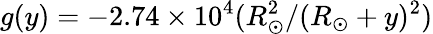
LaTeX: g(y)=-2.74\times 10^{4}(R_{\odot}^{2}/(R_{\odot}+y)^{2})